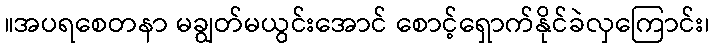
။အပရစေတနာ မချွတ်မယွင်းအောင် စောင့်ရှောက်နိုင်ခဲလှကြောင်း၊